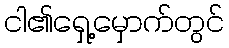
ငါ၏ရှေ့မှောက်တွင်